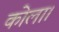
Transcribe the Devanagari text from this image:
कोला।